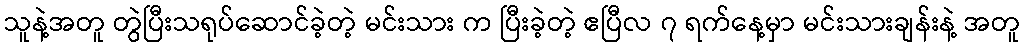
သူနဲ့အတူ တွဲပြီးသရုပ်ဆောင်ခဲ့တဲ့ မင်းသား က ပြီးခဲ့တဲ့ ဧပြီလ ၇ ရက်နေ့မှာ မင်းသားချန်းနဲ့ အတူ